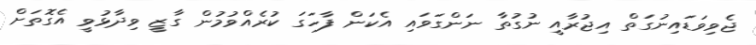
ޖެވިވަޑައިނުގަތް އިޖުރާއީ ނުގުތާ ނަންގަވައި އެކަން ފާހަގަ ކުރެއްވުމުން ގާޒީ ވިދާޅުވީ އެގޮތަށް